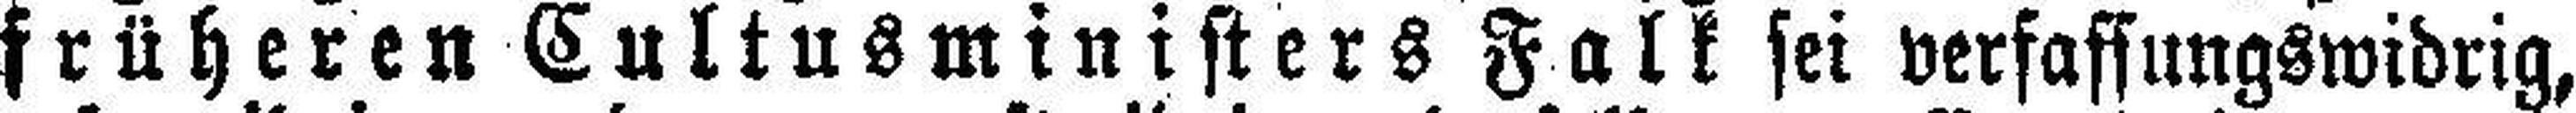
früheren Cultusministers Falk sei verfassungswidrig,